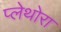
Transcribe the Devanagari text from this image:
प्लेथोरा